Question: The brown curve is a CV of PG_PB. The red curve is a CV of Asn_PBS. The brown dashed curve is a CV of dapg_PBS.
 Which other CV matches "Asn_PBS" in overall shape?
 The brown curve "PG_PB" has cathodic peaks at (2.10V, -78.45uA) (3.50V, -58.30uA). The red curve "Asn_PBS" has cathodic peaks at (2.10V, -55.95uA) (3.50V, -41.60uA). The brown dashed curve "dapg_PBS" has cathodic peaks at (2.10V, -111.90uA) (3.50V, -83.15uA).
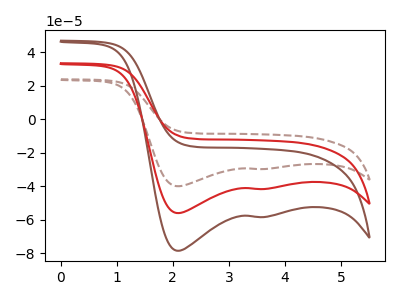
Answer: <think>All the peaks in "PG_PB" have a peak in "Asn_PBS" at the same potential. Every peak in "PG_PB" is higher than every peak in "Asn_PBS". All the peaks in "PG_PB" have a peak in "dapg_PBS" at the same potential. Every peak in "PG_PB" is lower than every peak in "dapg_PBS". All the peaks in "Asn_PBS" have a peak in "dapg_PBS" at the same potential. Every peak in "Asn_PBS" is lower than every peak in "dapg_PBS".
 </think>
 <answer>"Asn_PBS" and "dapg_PBS" have a similar shape to "PG_PB".</answer>
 <eval>"Asn_PBS" "dapg_PBS"</eval>